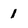
Character: 1